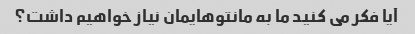
آیا فکر می کنید ما به مانتوهایمان نیاز خواهیم داشت؟